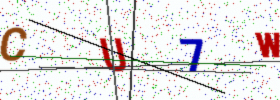
Text: CU7W